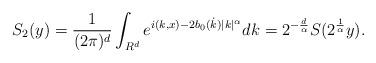
LaTeX: \begin{align*}S_2(y)=\frac{1}{(2\pi)^{d}}\int_{R^d}e^{i(k,x)-2b_0(\dot{k})|k|^{\alpha}}dk=2^{-\frac{d}{\alpha}}S(2^{\frac{1}{\alpha}}y).\end{align*}